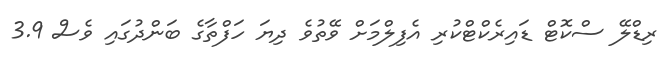
ރިޑްލޭ ސްކޮޓް ޑައިރެކްޓްކުރި އެފިލްމަށް ވޭތުވެ ދިޔަ ހަފްތާގެ ބަންދުގައި ވެސް 3.9